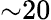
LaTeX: {\sim}20